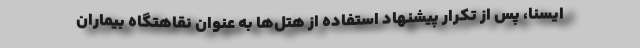
ایسنا، پس از تکرار پیشنهاد استفاده از هتل‌ها به عنوان نقاهتگاه بیماران